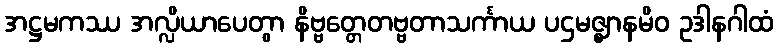
အဋ္ဌမကဿ အလ္လိယာပေတွာ နိဗ္ဗတ္တေတဗ္ဗတာသင်္ကာယ ပဌမဇ္ဈာနမိဝ ဥဒါနဂါထံ